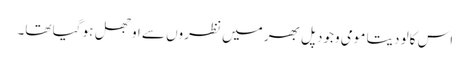
اس کالو دیتا مومی وجود پل بھر میں نظروں سے اوجھل ہو گیا تھا۔